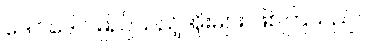
ဒေါင်ဒေါင်မြည်သည့်အိုးများ ဖြစ်ကြသည်။